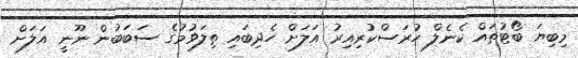
މިބިޔަ ބޯޓުތައް ކެނެލް ހުރަސްކުރިއިރު އަލަށް ހެދިބައި ތިލަވުމުގެ ސަބަބުން ނޫނީ އަލަށް